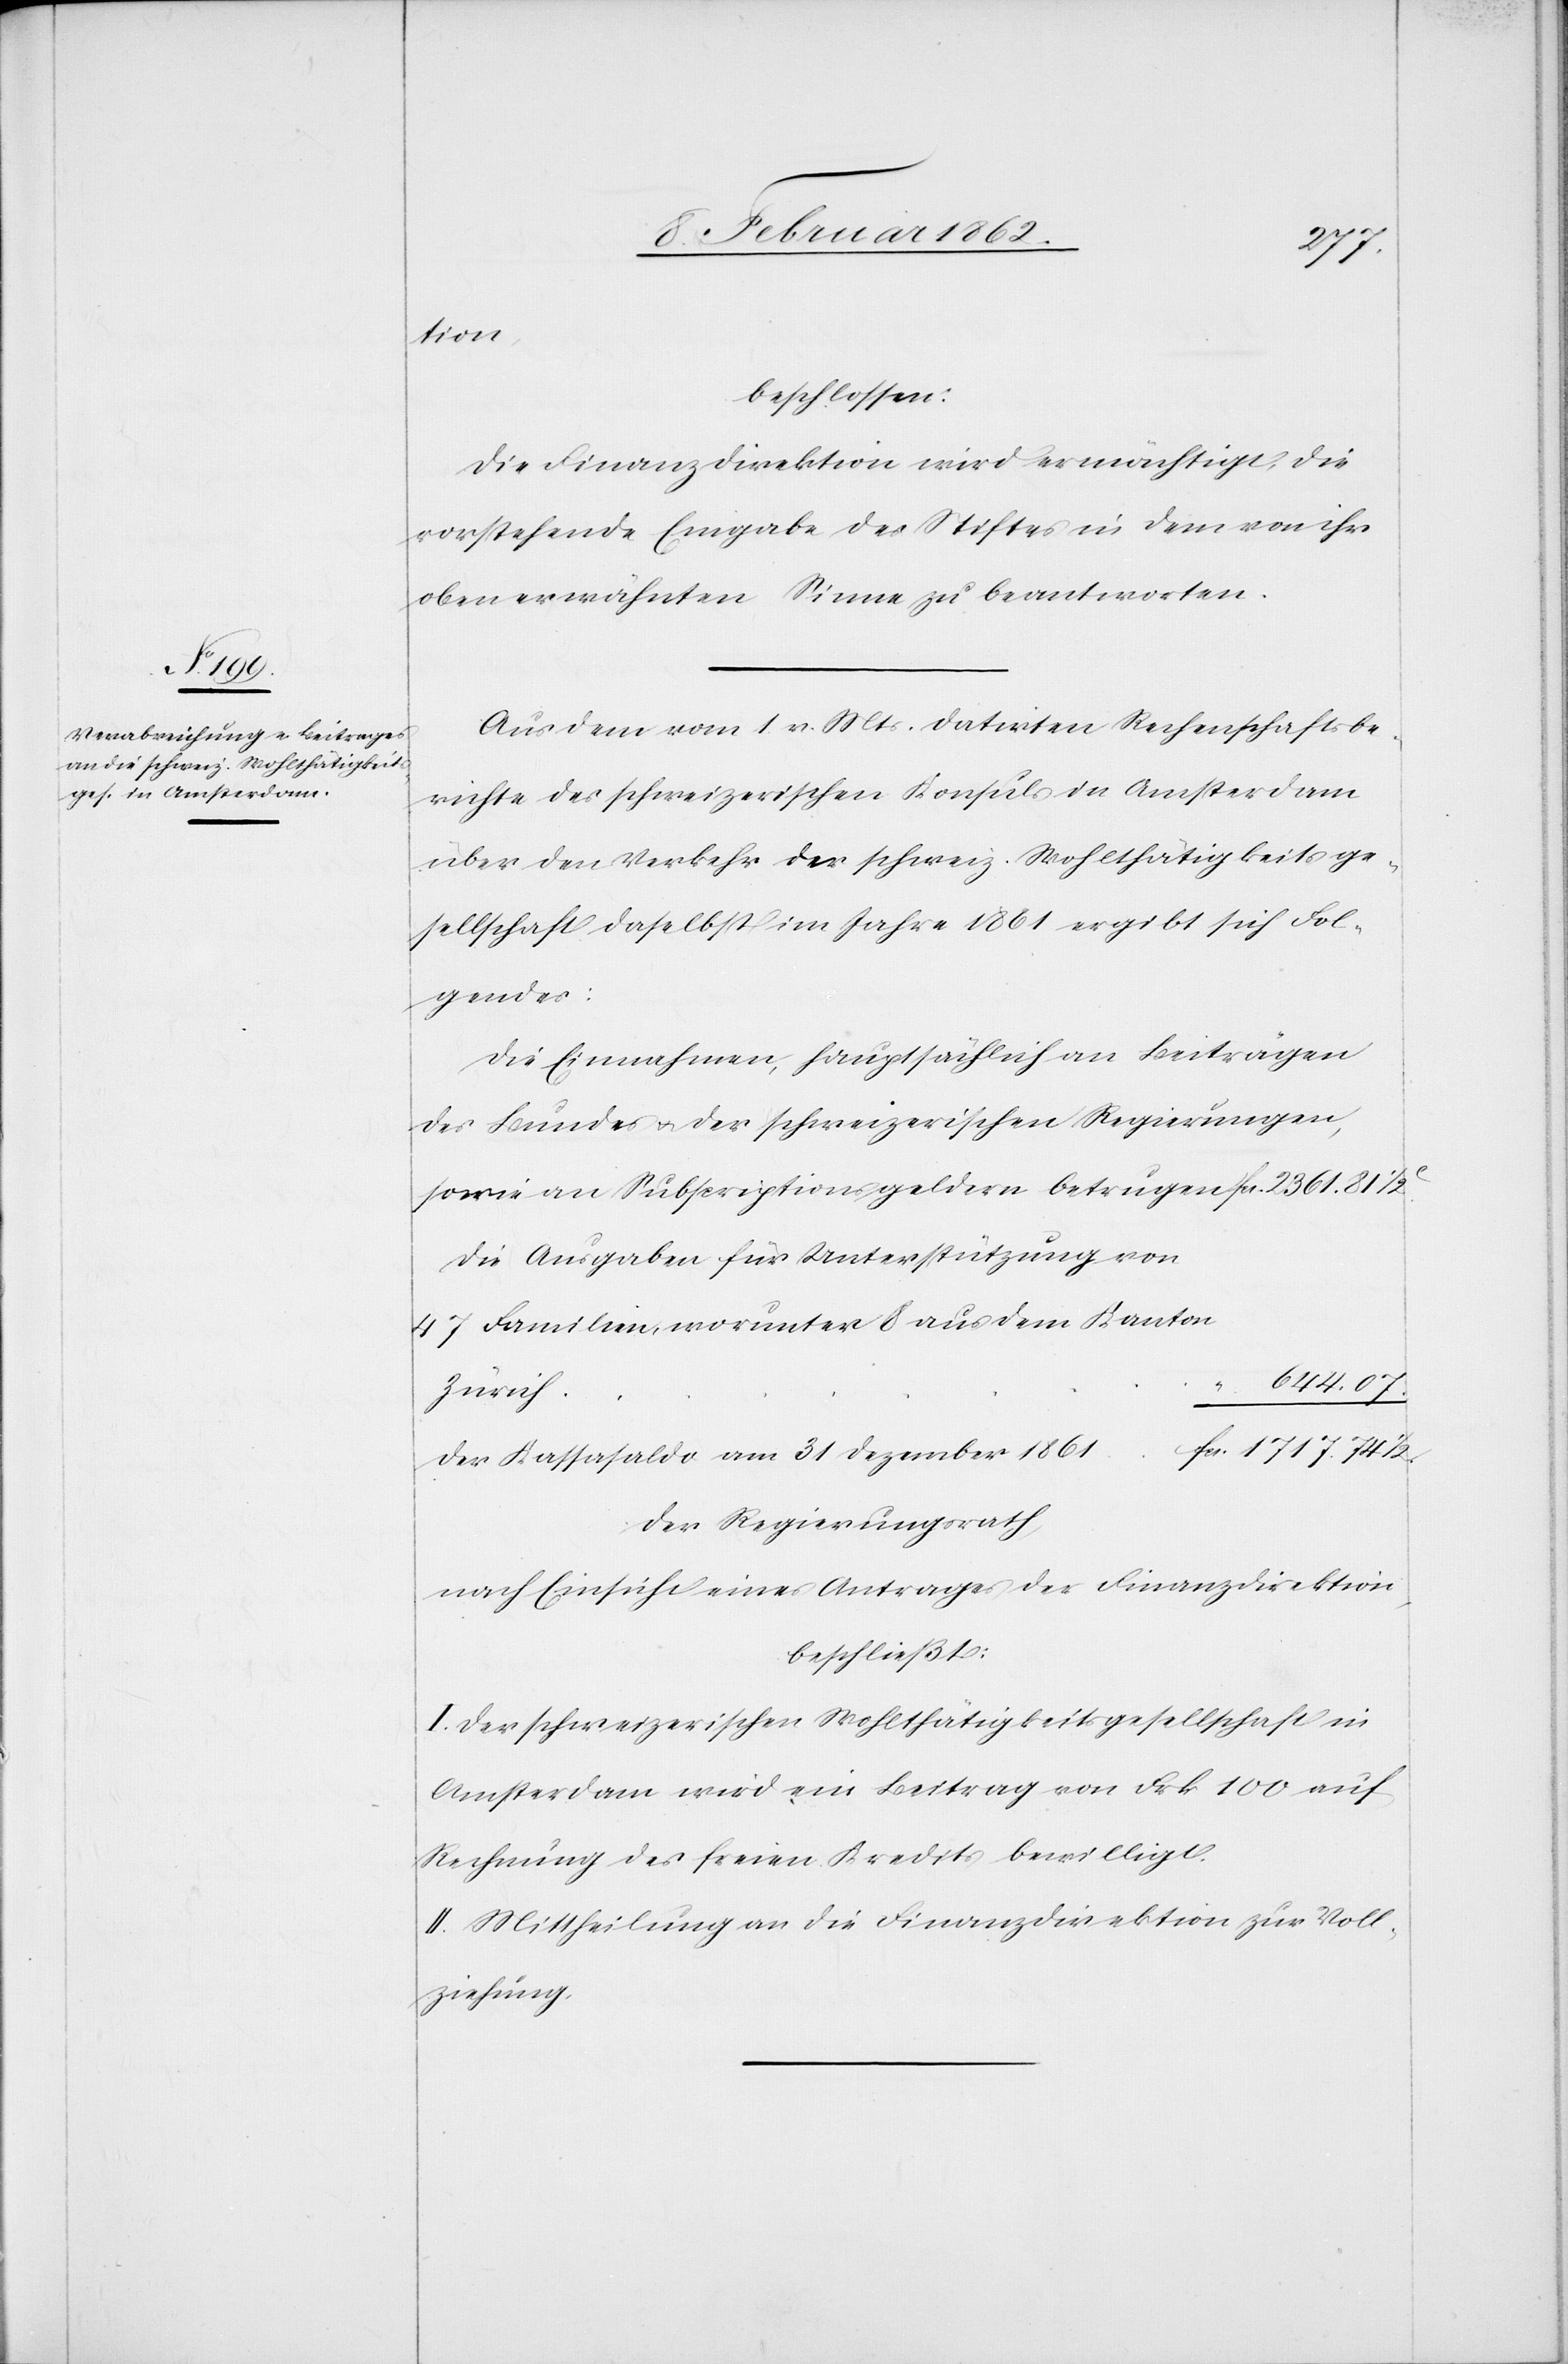
tion
beschlossen:
Die Finanzdirektion wird ermächtigt, die
vorstehende Eingabe des Stiftes in dem von ihr
obern erwähnten Sinne zu beantworten.
Aus dem vom 1. v. Mts. datirten Rechenschaftsbe¬
richte des schweizerischen Konsuls in Amsterdam
über den Verkehr der schweiz. Wohlthätigkeitsge¬
sellschaft daselbst im Jahre 1861 ergibt sich Fol¬
gendes:
Die Einnahmen, hauptsächlich an Beiträgen
des Bundes u. der schweizerischen Regierungen,
sowie an Subscriptionsgeldern betrugen 			fcs. 2361.81 1/2c
die Ausgaben für Unterstützung von
47 Familien, worunter 8 aus dem Kanton
644.07.
Zürich
cs. 1717.74 1/2.
der Kassasaldo am 31 Dezember 1861						f¬
Der Regierungsrath,
nach Einsicht eines Antrages der Finanzdirektion,
beschließt:
I. Der schweizerischen Wohlthätigkeitsgesellschaft in
Amsterdam wird eine Beitrag von Frk 100 auf
Rechnung des freien Kredits bewilligt.
II. Mittheilung an die Finanzdirektion zur Voll¬
ziehung.